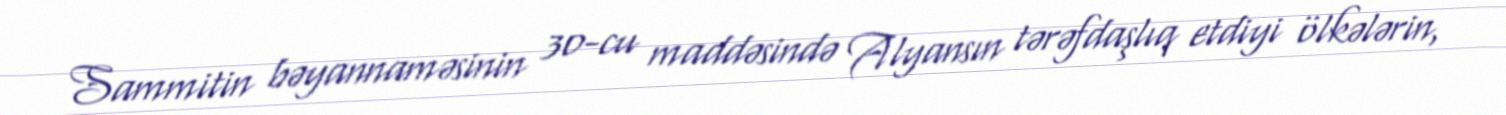
Sammitin bəyannaməsinin 30-cu maddəsində Alyansın tərəfdaşlıq etdiyi ölkələrin,